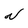
Character: N